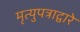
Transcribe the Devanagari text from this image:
मृत्युपत्राद्वारे